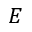
E